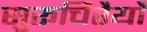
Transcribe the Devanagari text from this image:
सुरूचिरैर्यो